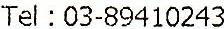
TEL : 03-89410243